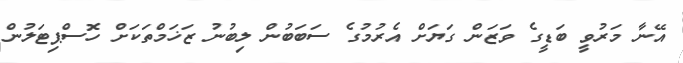
އޭނާ މަރުވީ ބަޑީގެ ވަޒަން ގަޔަށް އެރުމުގެ ސަބަބުން ލިބުނު ޒަޚަމްތަކަށް ހޮސްޕިޓަލުން